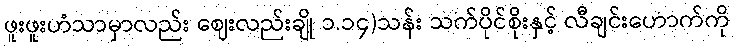
ဖူးဖူးဟံသာမှာလည်း ဈေးလည်းချို ၁.၁၄)သန်း သက်ပိုင်စိုးနှင့် လီချင်းဟောက်ကို